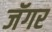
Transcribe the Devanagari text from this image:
जॅगर